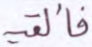
فألقيه